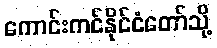
ကောင်းကင်နိုင်ငံတော်သို့